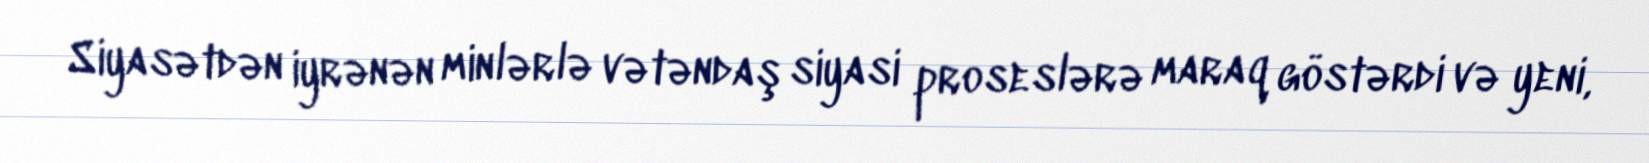
Siyasətdən iyrənən minlərlə vətəndaş siyasi proseslərə maraq göstərdi və yeni,